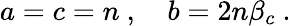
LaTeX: a=c=n~,\quad b=2n\beta_{c}~.